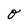
Character: o